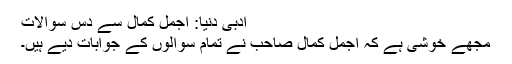
ادبی دنیا: اجمل کمال سے دس سوالات
مجھے خوشی ہے کہ اجمل کمال صاحب نے تمام سوالوں کے جوابات دیے ہیں۔